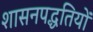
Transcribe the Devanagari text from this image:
शासनपद्धतियों